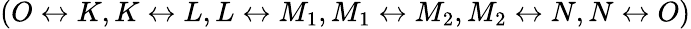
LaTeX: (O\leftrightarrow K,K\leftrightarrow L,L\leftrightarrow M_{1},M_{1}\leftrightarrow M_{2},M_{2}\leftrightarrow N,N\leftrightarrow O)